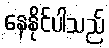
နေနိုင်ပါသည်